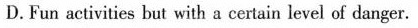
D.Fun activities but with a certain level of danger.